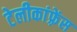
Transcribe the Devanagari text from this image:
टेलीकांफ़्रेंस